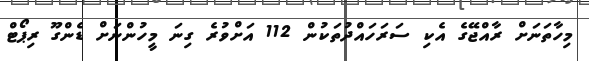
މިހާތަނަށް ރާއްޖޭގެ އެކި ސަރަހައްދުތަކުން 112 އަށްވުރެ ގިނަ މީހުންނަށް ޑެންގޫ ރިޕޯޓް